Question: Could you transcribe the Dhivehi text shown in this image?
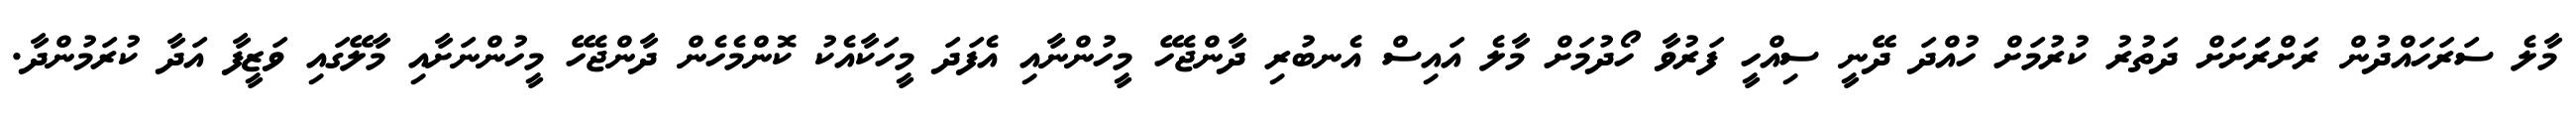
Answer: މާލެ ސަރަހައްދުން ރަށްރަަަށަށް ދަތުރު ކުރުމަށް ހުއްދަ ދޭނީ ސިއްހީ ފަރުވާ ހޯދުމަށް މާލެ އައިސް އެނބުރި ދާންޖެހޭ މީހުންނާއި އެފަދަ މީހަކާއެކު ކޮންމެހެން ދާންޖެހޭ މީހުންނަށާއި މާލޭގައި ވަޒީފާ އަދާ ކުރަމުންދާ.